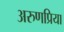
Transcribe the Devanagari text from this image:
अरुणप्रिया